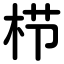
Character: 栉